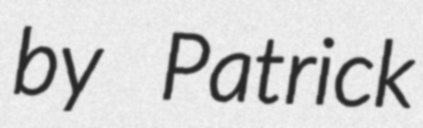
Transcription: by Patrick